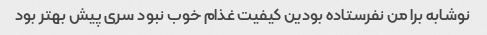
نوشابه برا من نفرستاده بودین کیفیت غذام خوب نبود سرى پیش بهتر بود